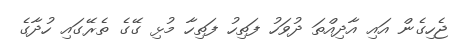
ޖެހިގެން އައި އާދިއްތަ ދުވަހު ފަތިހު ފަތިހާ މުޅި ގޭގެ ތެރޭގައި ހުދާގެ